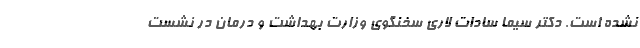
نشده است. دکتر سیما سادات لاری سخنگوی وزارت بهداشت و درمان در نشست